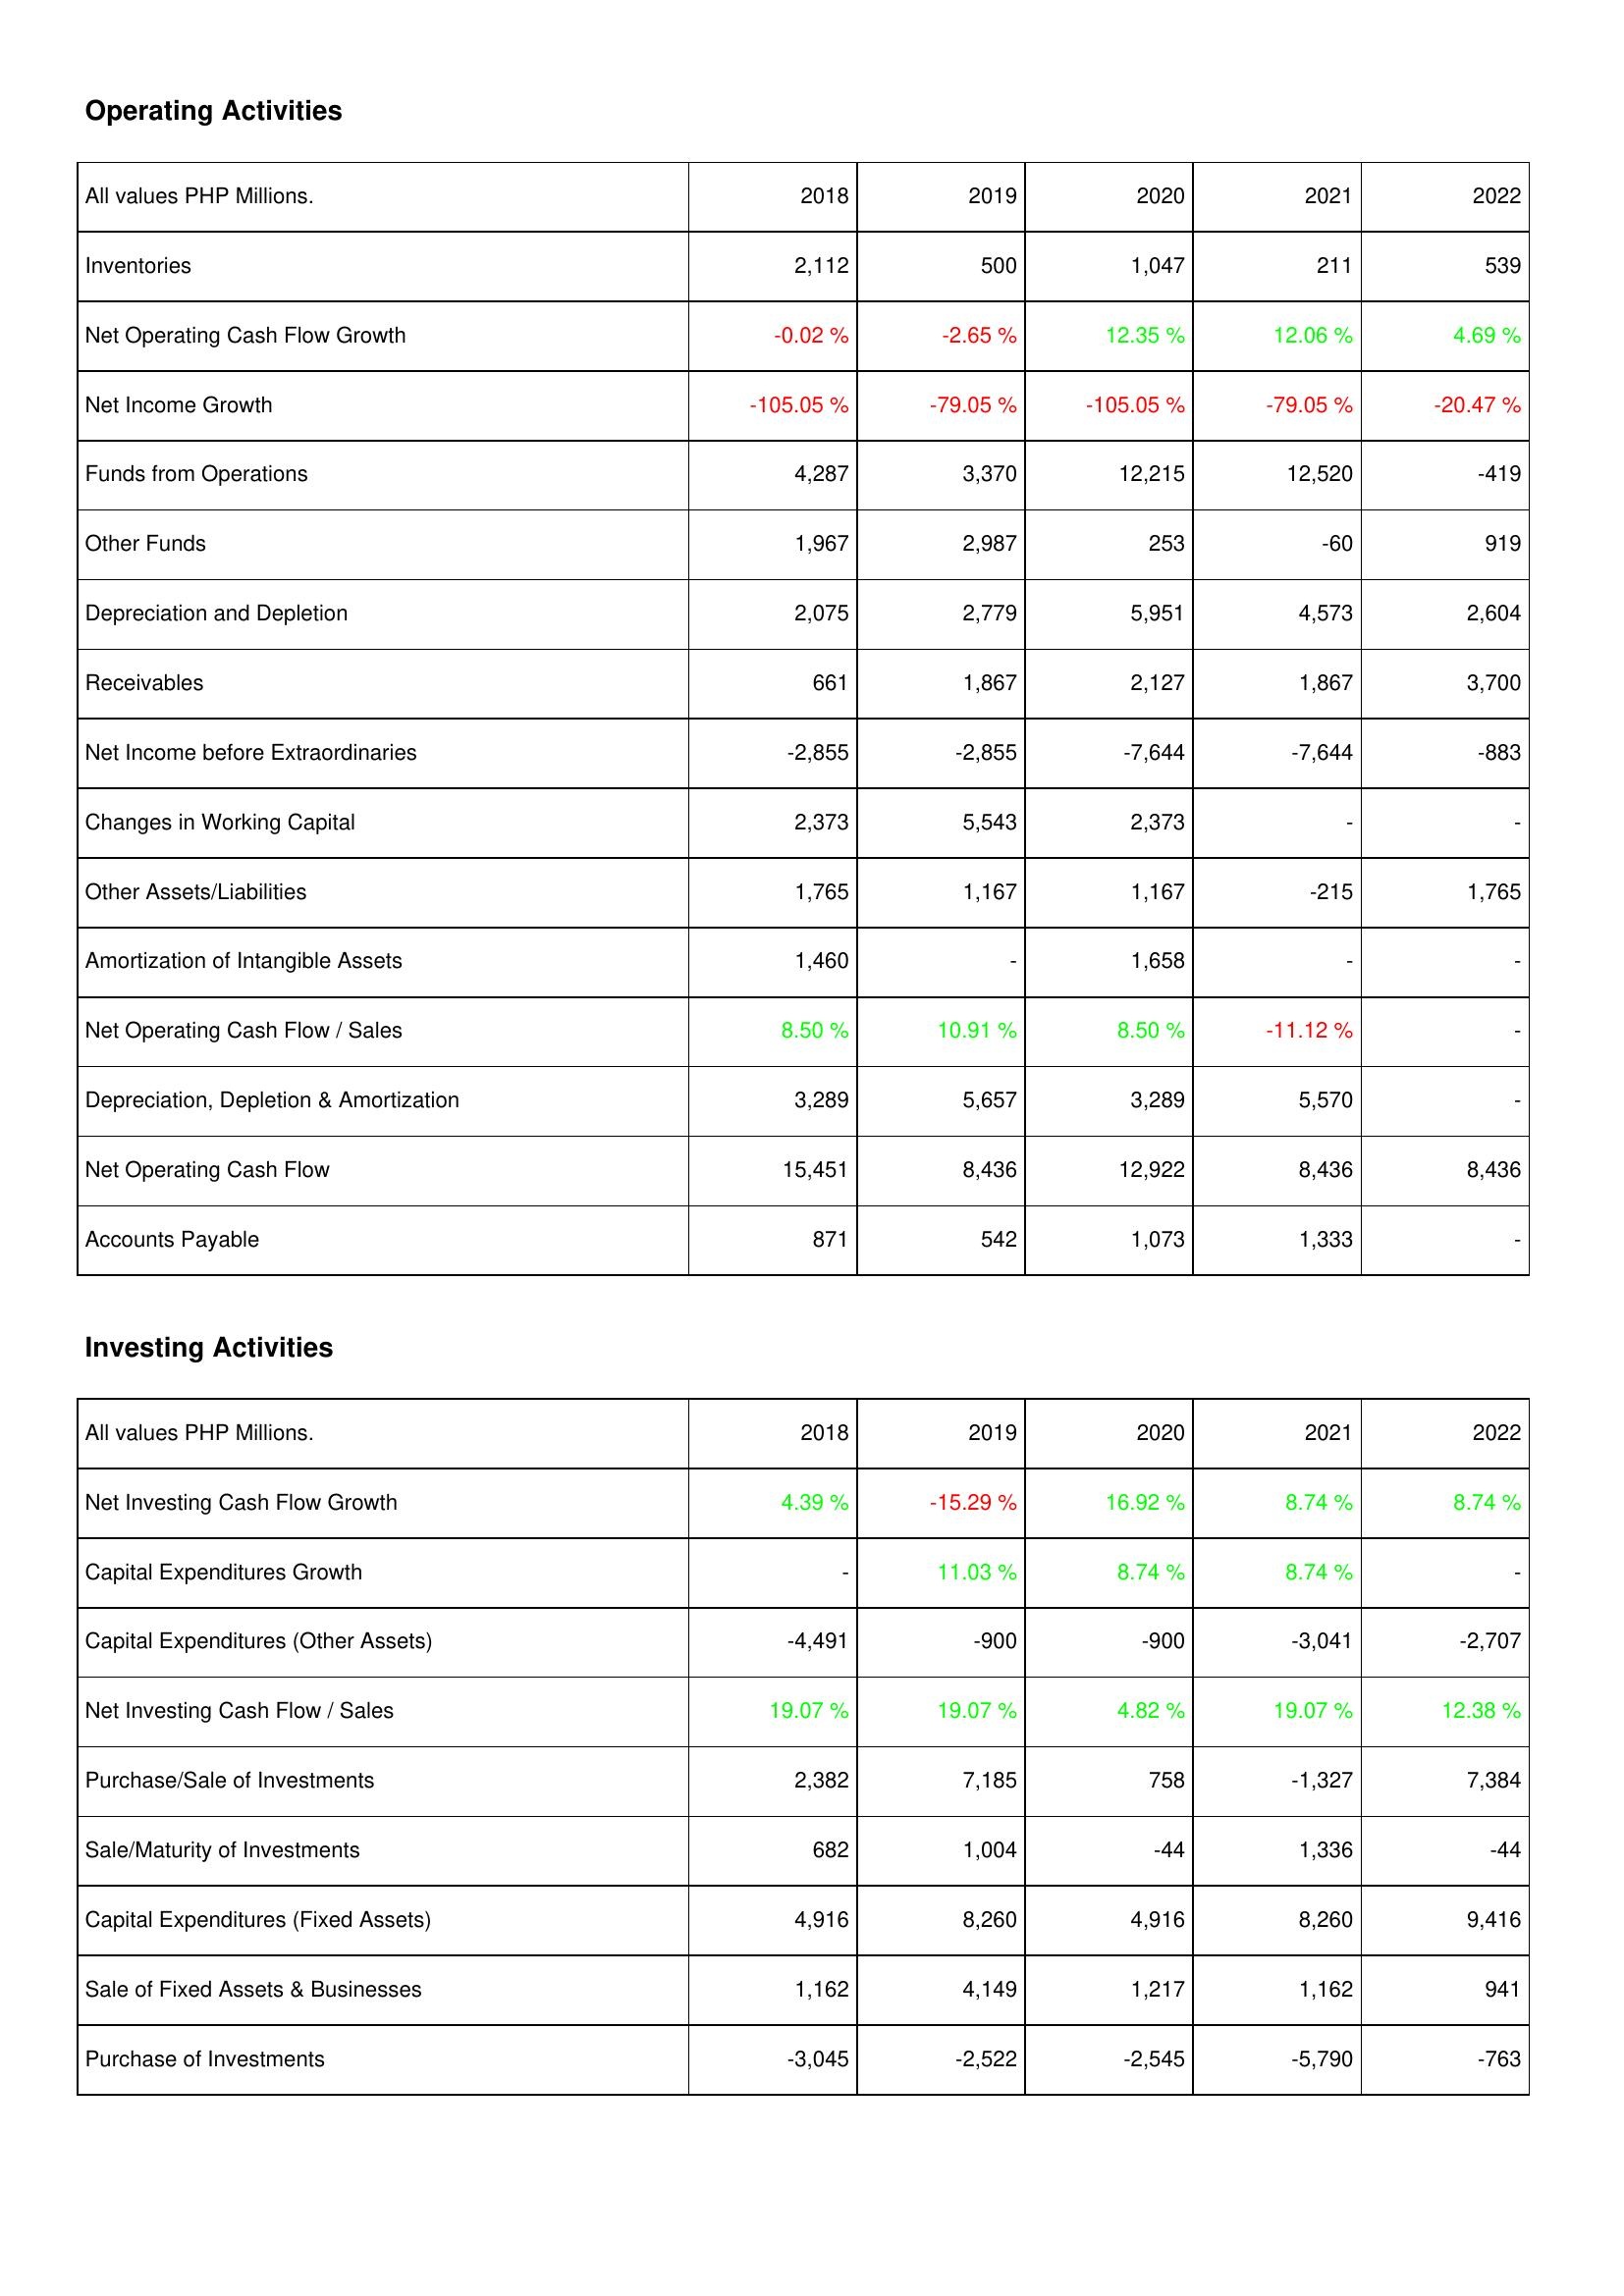
2018: Operating Activities: Inventories: 2,112
Net Operating Cash Flow Growth: -0.02 %
Net Income Growth: -105.05 %
Funds from Operations: 4,287
Other Funds: 1,967
Depreciation and Depletion: 2,075
Receivables: 661
Net Income before Extraordinaries: -2,855
Changes in Working Capital: 2,373
Other Assets/Liabilities: 1,765
Amortization of Intangible Assets: 1,460
Net Operating Cash Flow / Sales: 8.50 %
Depreciation, Depletion & Amortization: 3,289
Net Operating Cash Flow: 15,451
Accounts Payable: 871
Investing Activities: Net Investing Cash Flow Growth: 4.39 %
Capital Expenditures Growth: -
Capital Expenditures (Other Assets): -4,491
Net Investing Cash Flow / Sales: 19.07 %
Purchase/Sale of Investments: 2,382
Sale/Maturity of Investments: 682
Capital Expenditures (Fixed Assets): 4,916
Sale of Fixed Assets & Businesses: 1,162
Purchase of Investments: -3,045
2019: Operating Activities: Inventories: 500
Net Operating Cash Flow Growth: -2.65 %
Net Income Growth: -79.05 %
Funds from Operations: 3,370
Other Funds: 2,987
Depreciation and Depletion: 2,779
Receivables: 1,867
Net Income before Extraordinaries: -2,855
Changes in Working Capital: 5,543
Other Assets/Liabilities: 1,167
Amortization of Intangible Assets: -
Net Operating Cash Flow / Sales: 10.91 %
Depreciation, Depletion & Amortization: 5,657
Net Operating Cash Flow: 8,436
Accounts Payable: 542
Investing Activities: Net Investing Cash Flow Growth: -15.29 %
Capital Expenditures Growth: 11.03 %
Capital Expenditures (Other Assets): -900
Net Investing Cash Flow / Sales: 19.07 %
Purchase/Sale of Investments: 7,185
Sale/Maturity of Investments: 1,004
Capital Expenditures (Fixed Assets): 8,260
Sale of Fixed Assets & Businesses: 4,149
Purchase of Investments: -2,522
2020: Operating Activities: Inventories: 1,047
Net Operating Cash Flow Growth: 12.35 %
Net Income Growth: -105.05 %
Funds from Operations: 12,215
Other Funds: 253
Depreciation and Depletion: 5,951
Receivables: 2,127
Net Income before Extraordinaries: -7,644
Changes in Working Capital: 2,373
Other Assets/Liabilities: 1,167
Amortization of Intangible Assets: 1,658
Net Operating Cash Flow / Sales: 8.50 %
Depreciation, Depletion & Amortization: 3,289
Net Operating Cash Flow: 12,922
Accounts Payable: 1,073
Investing Activities: Net Investing Cash Flow Growth: 16.92 %
Capital Expenditures Growth: 8.74 %
Capital Expenditures (Other Assets): -900
Net Investing Cash Flow / Sales: 4.82 %
Purchase/Sale of Investments: 758
Sale/Maturity of Investments: -44
Capital Expenditures (Fixed Assets): 4,916
Sale of Fixed Assets & Businesses: 1,217
Purchase of Investments: -2,545
2021: Operating Activities: Inventories: 211
Net Operating Cash Flow Growth: 12.06 %
Net Income Growth: -79.05 %
Funds from Operations: 12,520
Other Funds: -60
Depreciation and Depletion: 4,573
Receivables: 1,867
Net Income before Extraordinaries: -7,644
Changes in Working Capital: -
Other Assets/Liabilities: -215
Amortization of Intangible Assets: -
Net Operating Cash Flow / Sales: -11.12 %
Depreciation, Depletion & Amortization: 5,570
Net Operating Cash Flow: 8,436
Accounts Payable: 1,333
Investing Activities: Net Investing Cash Flow Growth: 8.74 %
Capital Expenditures Growth: 8.74 %
Capital Expenditures (Other Assets): -3,041
Net Investing Cash Flow / Sales: 19.07 %
Purchase/Sale of Investments: -1,327
Sale/Maturity of Investments: 1,336
Capital Expenditures (Fixed Assets): 8,260
Sale of Fixed Assets & Businesses: 1,162
Purchase of Investments: -5,790
2022: Operating Activities: Inventories: 539
Net Operating Cash Flow Growth: 4.69 %
Net Income Growth: -20.47 %
Funds from Operations: -419
Other Funds: 919
Depreciation and Depletion: 2,604
Receivables: 3,700
Net Income before Extraordinaries: -883
Changes in Working Capital: -
Other Assets/Liabilities: 1,765
Amortization of Intangible Assets: -
Net Operating Cash Flow / Sales: -
Depreciation, Depletion & Amortization: -
Net Operating Cash Flow: 8,436
Accounts Payable: -
Investing Activities: Net Investing Cash Flow Growth: 8.74 %
Capital Expenditures Growth: -
Capital Expenditures (Other Assets): -2,707
Net Investing Cash Flow / Sales: 12.38 %
Purchase/Sale of Investments: 7,384
Sale/Maturity of Investments: -44
Capital Expenditures (Fixed Assets): 9,416
Sale of Fixed Assets & Businesses: 941
Purchase of Investments: -763